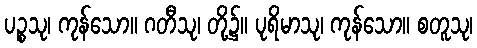
ပဉ္စသု၊ ကုန်သော။ ဂတီသု၊ တို့၌။ ပုရိမာသု၊ ကုန်သော။ စတူသု၊